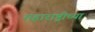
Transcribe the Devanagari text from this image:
महाराष्ट्रीच्या